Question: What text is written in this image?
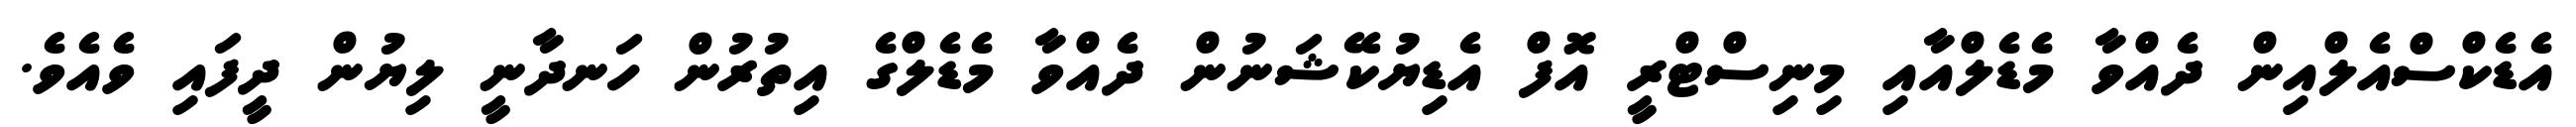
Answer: އެޑެކްސްއެލްއިން ދެއްވާ މެޑެލްއާއި މިނިސްޓްރީ އޮފް އެޑިޔުކޭޝަނުން ދެއްވާ މެޑެލްގެ އިތުރުން ހަނދާނީ ލިޔުން ދީފައި ވެއެވެ.